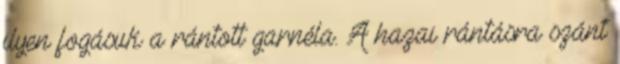
ilyen fogásuk a rántott garnéla. A hazai rántásra szánt